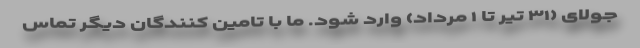
جولای (۳۱ تیر تا ۱ مرداد) وارد شود. ما با تامین کنندگان دیگر تماس